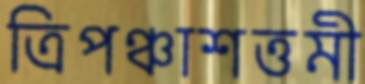
ত্রিপঞ্চাশত্তমী